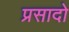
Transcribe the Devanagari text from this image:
प्रसादो